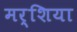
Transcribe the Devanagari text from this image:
मर्शिया